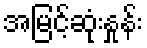
အမြင့်ဆုံးနှုန်း